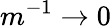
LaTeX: m^{-1}\rightarrow 0